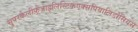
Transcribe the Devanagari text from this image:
सुपरकैलीफ़्रैजाइलिस्टिकएक्सपियालिडोसियस